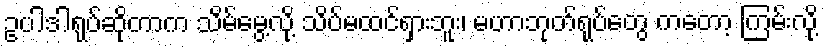
ဥပါဒါရုပ်ဆိုတာက သိမ်မွေ့လို့ သိပ်မထင်ရှားဘူး၊ မဟာဘုတ်ရုပ်တွေ ကတော့ ကြမ်းလို့